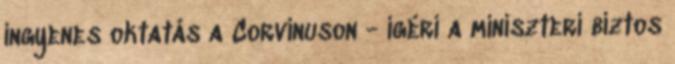
ingyenes oktatás a Corvinuson - ígéri a miniszteri biztos